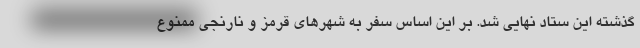
گذشته این ستاد نهایی شد. بر این اساس سفر به شهرهای قرمز و نارنجی ممنوع